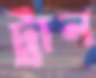
ট্রান